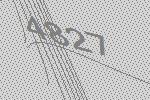
4827